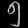
Digit: ၅